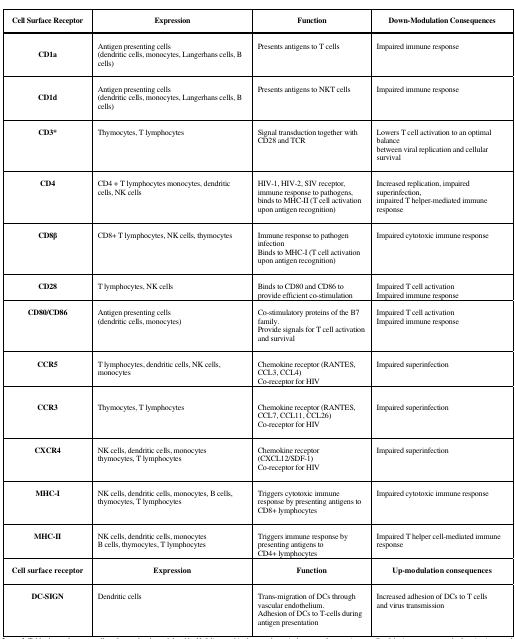
<table><thead><tr><td><b>Cell Surface Receptor</b></td><td><b>Expression</b></td><td><b>Function</b></td><td><b>Down-Modulation Consequences</b></td></tr></thead><tbody><tr><td><b>CD1a</b></td><td>Antigen presenting cells(dendritic cells, monocytes, Langerhans cells, B cells)</td><td>Presents antigens to T cells</td><td>Impaired immune response</td></tr><tr><td><b>CD1d</b></td><td>Antigen presenting cells(dendritic cells, monocytes, Langerhans cells, B cells)</td><td>Presents antigens to NKT cells</td><td>Impaired immune response</td></tr><tr><td><b>CD3</b><sup>*</sup></td><td>Thymocytes, T lymphocytes</td><td>Signal transduction together with CD28 and TCR</td><td>Lowers T cell activation to an optimal balancebetween viral replication and cellular survival</td></tr><tr><td><b>CD4</b></td><td>CD4 + T lymphocytes monocytes, dendritic cells, NK cells</td><td>HIV-1, HIV-2, SIV receptor, immune response to pathogens,binds to MHC-II (T cell activation upon antigen recognition)</td><td>Increased replication, impaired superinfection,impaired T helper-mediated immune response</td></tr><tr><td><b>CD8β</b></td><td>CD8+ T lymphocytes, NK cells, thymocytes</td><td>Immune response to pathogen infection Binds to MHC-I (T cell activation upon antigen recognition)</td><td>Impaired cytotoxic immune response</td></tr><tr><td><b>CD28</b></td><td>T lymphocytes, NK cells</td><td>Binds to CD80 and CD86 to provide efficient co-stimulation </td><td>Impaired T cell activationImpaired immune response</td></tr><tr><td><b>CD80/CD86</b></td><td>Antigen presenting cells(dendritic cells, monocytes)</td><td>Co-stimulatory proteins of the B7 family.Provide signals for T cell activation and survival</td><td>Impaired T cell activationImpaired immune response</td></tr><tr><td><b>CCR5</b></td><td>T lymphocytes, dendritic cells, NK cells, monocytes</td><td>Chemokine receptor (RANTES, CCL3, CCL4)Co-receptor for HIV </td><td>Impaired superinfection</td></tr><tr><td><b>CCR3</b></td><td>Thymocytes, T lymphocytes</td><td>Chemokine receptor (RANTES, CCL7, CCL11, CCL26)Co-receptor for HIV </td><td>Impaired superinfection</td></tr><tr><td><b>CXCR4</b></td><td>NK cells, dendritic cells, monocytesthymocytes, T lymphocytes</td><td>Chemokine receptor (CXCL12/SDF-1)Co-receptor for HIV </td><td>Impaired superinfection</td></tr><tr><td><b>MHC-I</b></td><td>NK cells, dendritic cells, monocytes, B cells,thymocytes, T lymphocytes</td><td>Triggers cytotoxic immune response by presenting antigens to CD8+ lymphocytes</td><td>Impaired cytotoxic immune response</td></tr><tr><td><b>MHC-II</b></td><td>NK cells, dendritic cells, monocytesB cells, thymocytes, T lymphocytes</td><td>Triggers immune response by presenting antigens toCD4+ lymphocytes</td><td>Impaired T helper cell-mediated immune response</td></tr><tr><td><b>Cell surface receptor</b></td><td><b>Expression</b></td><td><b>Function</b></td><td><b>Up-modulation consequences</b></td></tr><tr><td><b>DC-SIGN</b></td><td>Dendritic cells</td><td>Trans-migration of DCs through vascular endothelium.Adhesion of DCs to T-cells during antigen presentation</td><td>Increased adhesion of DCs to T cellsand virus transmission</td></tr></tbody></table>